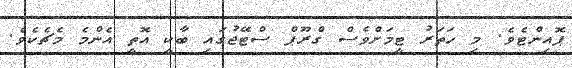
ޕޮއިންޓެވެ. މި ހަތަރު ޓީމަށްވެސް ގްރޫޕް ސްޓޭޖުގައި ބާކީ އޮތީ އެންމެ މެޗެކެވެ.